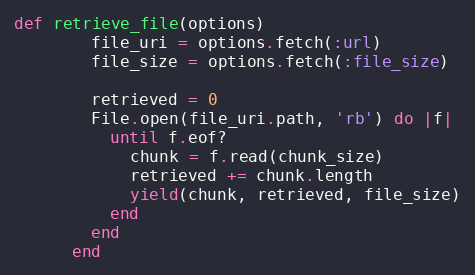
Language: Ruby
def retrieve_file(options)
        file_uri = options.fetch(:url)
        file_size = options.fetch(:file_size)

        retrieved = 0
        File.open(file_uri.path, 'rb') do |f|
          until f.eof?
            chunk = f.read(chunk_size)
            retrieved += chunk.length
            yield(chunk, retrieved, file_size)
          end
        end
      end